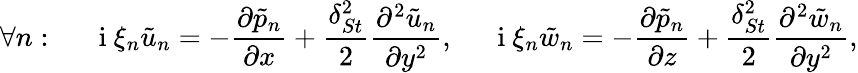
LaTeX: \forall n:\ \ \ \ \ \mathrm{~i~}\xi_{n}\tilde{u}_{n}=-\frac{\partial\tilde{p}_{n}}{\partial x}+\frac{\delta_{St}^{2}}{2}\frac{\partial^{2}\tilde{u}_{n}}{\partial y^{2}},\ \ \ \ \ \mathrm{~i~}\xi_{n}\tilde{w}_{n}=-\frac{\partial\tilde{p}_{n}}{\partial z}+\frac{\delta_{St}^{2}}{2}\frac{\partial^{2}\tilde{w}_{n}}{\partial y^{2}},